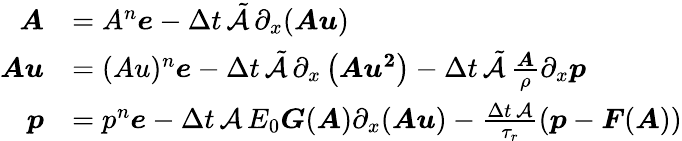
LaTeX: \begin{array}{rl}{\boldsymbol{A}}&{=A^{n}\boldsymbol{e}-\Delta t\, \tilde{\mathcal{A}}\, \partial_{x}(\boldsymbol{Au})}\\ {\boldsymbol{Au}}&{=(Au)^{n}\boldsymbol{e}-\Delta t\, \tilde{\mathcal{A}}\, \partial_{x}\left(\boldsymbol{Au^{2}}\right)-\Delta t\, \tilde{\mathcal{A}}\, \frac{\boldsymbol{A}}{\rho}\partial_{x}\boldsymbol{p}}\\ {\boldsymbol{p}}&{=p^{n}\boldsymbol{e}-\Delta t\, \mathcal{A}\, E_{0}\boldsymbol{G}(\boldsymbol{A})\partial_{x}(\boldsymbol{Au})-\frac{\Delta t\, \mathcal{A}}{\tau_{r}}\left(\boldsymbol{p}-\boldsymbol{F}(\boldsymbol{A})\right)}\end{array}